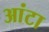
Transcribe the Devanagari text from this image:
आंटा